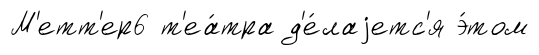
М'етт'ер6 т'еа́тра д'е́лаjетс'я э́том